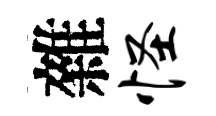
雜怪